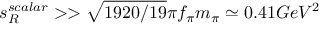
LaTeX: s _ { R } ^ { s c a l a r } > > \sqrt { 1 9 2 0 / 1 9 } \pi f _ { \pi } m _ { \pi } \simeq 0 . 4 1 G e V ^ { 2 }